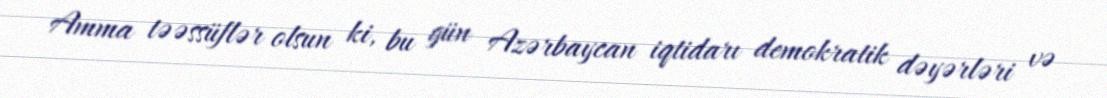
Amma təəssüflər olsun ki, bu gün Azərbaycan iqtidarı demokratik dəyərləri və